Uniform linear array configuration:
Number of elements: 8
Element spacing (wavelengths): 0.5
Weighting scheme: kaiser
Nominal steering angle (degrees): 45
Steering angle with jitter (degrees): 46.09
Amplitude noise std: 0.05
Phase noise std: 0.05

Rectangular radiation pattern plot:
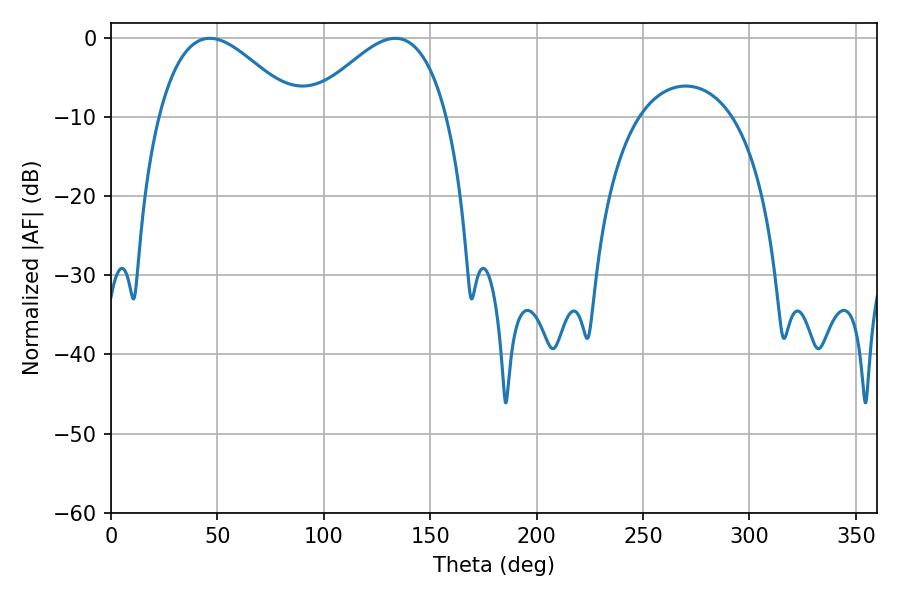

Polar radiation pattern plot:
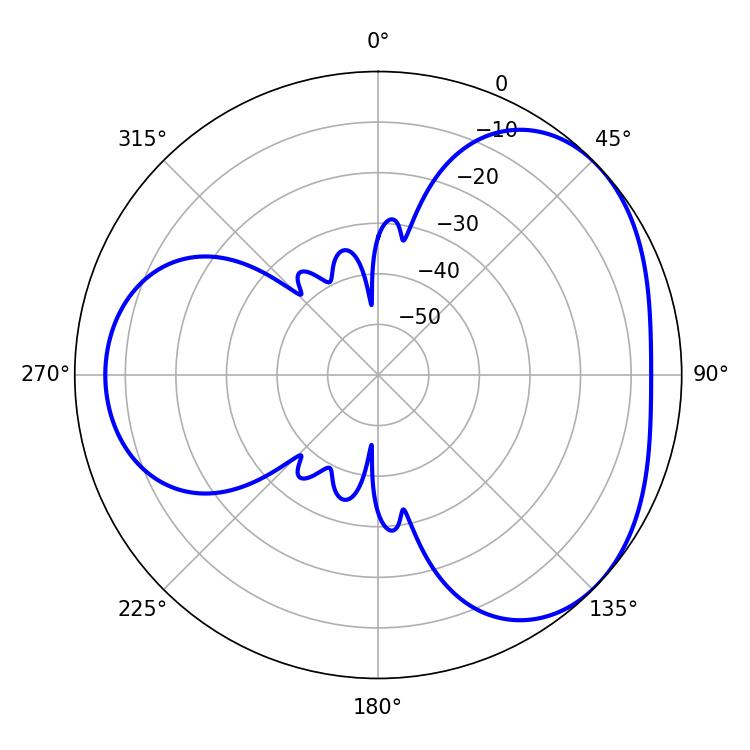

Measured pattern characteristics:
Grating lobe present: FALSE
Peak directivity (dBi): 3.627
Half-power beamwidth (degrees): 35.1
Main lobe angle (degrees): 46.44